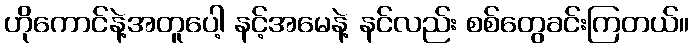
ဟိုကောင်နဲ့အတူပေါ့ နင့်အမေနဲ့ နင်လည်း စစ်တွေခင်းကြတယ်။